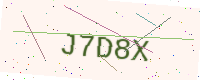
Text: J7D8X